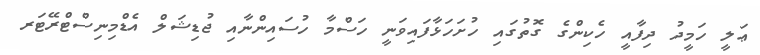
ޢަލީ ހަމީދު ދިފާއީ ހެކިންގެ ގޮތުގައި ހުށަހަޅާފައިވަނީ ހަސްމާ ހުސައިންނާއި ޖުޑިޝަލް އެޑްމިނިސްޓްރޭޓަރ